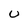
Character: U